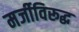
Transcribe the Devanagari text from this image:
मर्जीविरूद्ध